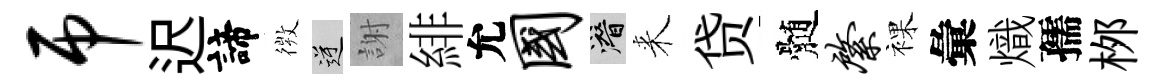
吊迟諦𢕄逆謝緋允国潜来贷髄綮裸彙熾孺桞